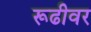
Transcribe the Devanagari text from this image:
रूढीवर